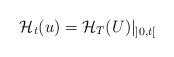
LaTeX: \begin{align*} \mathcal{H}_{t}(u) = \mathcal{H}_{T}(U)\vert_{]0, t[} \end{align*}